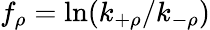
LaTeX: f_{\rho}=\ln(k_{+\rho}/k_{-\rho})